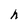
Character: h